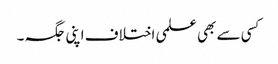
کسی سے بھی علمی اختلاف اپنی جگہ ۔